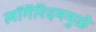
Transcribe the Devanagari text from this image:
लॉगॅरिदममुळे